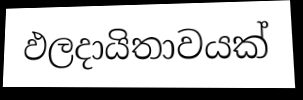
ඵලදායිතාවයක්